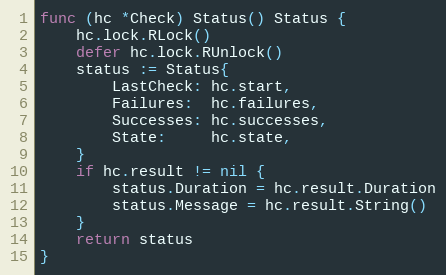
Language: Go
func (hc *Check) Status() Status {
	hc.lock.RLock()
	defer hc.lock.RUnlock()
	status := Status{
		LastCheck: hc.start,
		Failures:  hc.failures,
		Successes: hc.successes,
		State:     hc.state,
	}
	if hc.result != nil {
		status.Duration = hc.result.Duration
		status.Message = hc.result.String()
	}
	return status
}